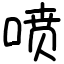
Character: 喷